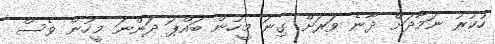
ހުކުރު ނަމާދަށް ދާނެ ވަރަށް ގިނަ މީހުން ބައްޕަ ދަންނަ މީހުން ވެސް